Vaccination in the Punjab 1905-1918 - 1905-1918
Year: 1905
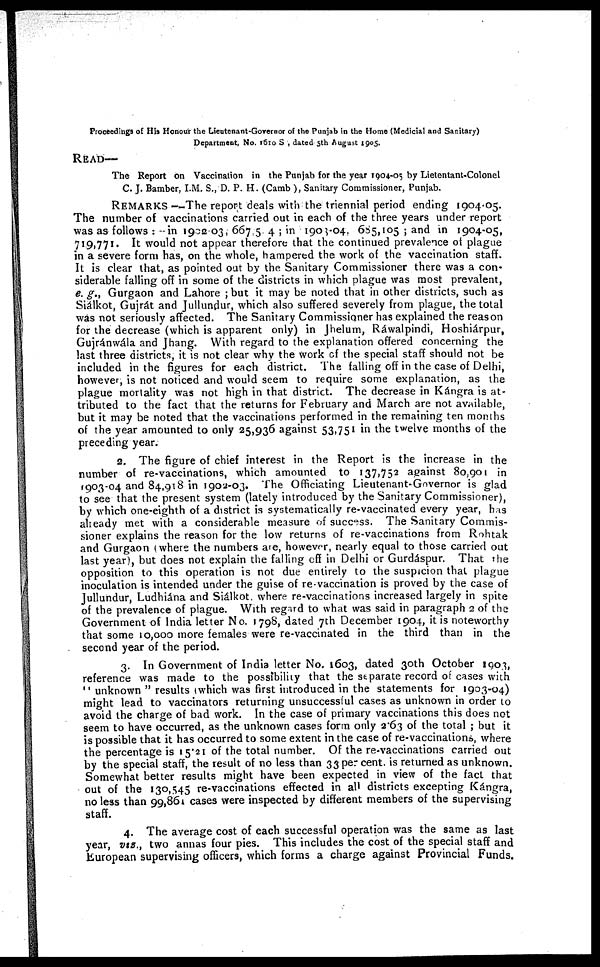
Proceedings of His Honour the Lieutenant-Governor of the Punjab in the Home (Medicial and Sanitary)
Department, No. 1610 S , dated 5th August 1905.
READ—
The Report on Vaccination in the Punjab for the year 1904-05 by Lietentant-Colonel
C. J. Bamber, I.M. S., D. P. H. (Camb ), Sanitary Commissioner, Punjab.
REMARKS —The report deals with the triennial period ending 1904-05.
The number of vaccinations carried out in each of the three years under report
was as follows : -in 1902-03, 667 5 4 ; in 1903-04. 685,105 ; and in 1904-05,
719,771. It would not appear therefore that the continued prevalence of plague
in a severe form has, on the whole, hampered the work of the vaccination staff.
It is clear that, as pointed out by the Sanitary Commissioner there was a con-
siderable falling off in some of the districts in which plague was most prevalent,
e. g., Gurgaon and Lahore ; but it may be noted that in other districts, such as
Siálkot, Gujrát and Jullundur, which also suffered severely from plague, the total
was not seriously affected. The Sanitary Commissioner has explained the reason
for the decrease (which is apparent only) in Jhelum, Ráwalpindi, Hoshiáirpur,
Gujranwála and J hang. With regard to the explanation offered concerning the
last three districts, it is not clear why the work of the special staff should not be
included in the figures for each district. The falling off in the case of Delhi,
however, is not noticed and would seem to require some explanation, as the
plague mortality was not high in that district. The decrease in Kángra is at-
tributed to the fact that the returns for February and March are not available,
but it may be noted that the vaccinations performed in the remaining ten months
of the year amounted to only 25,936 against 53,751 in the twelve months of the
preceding year.
2. The figure of chief interest in the Report is the increase in the
number of re-vaccinations, which amounted to 137,752 against 80,901 in
1903-04 and 84,918 in 1902-03. The Officiating Lieutenant-Governor is glad
to see that the present system (lately introduced by the Sanitary Commissioner),
by which one-eighth of a district is systematically re-vaccinated every year, has
already met with a considerable measure of success. The Sanitary Commis-
sioner explains the reason for the low returns of re-vaccinations from Rohtak
and Gurgaon (where the numbers are, however, nearly equal to those carried out
last year), but does not explain the falling off in Delhi or Gurdáspur. That the
opposition to this operation is not due entirely to the suspicion that plague
inoculation is intended under the guise of re-vaccination is proved by the case of
Jullundur, Ludhiána and Siálkot. where re-vaccinations increased largely in spite
of the prevalence of plague. With regard to what was said in paragraph 2 of the
Government of India letter No. 1798, dated 7th December 1904, it is noteworthy
that some 10,000 more females were re-vaccinated in the third than in the
second year of the period.
3. In Government of India letter No. 1603, dated 30th October 1903,
reference was made to the possibility that the separate record of cases with
"unknown " results (which was first introduced in the statements for 1903-04)
might lead to vaccinators returning unsuccessful cases as unknown in order to
avoid the charge of bad work. In the case of primary vaccinations this does not
seem to have occurred, as the unknown cases form only 2.63 of the total ; but it
is possible that it has occurred to some extent in the case of re-vaccinations, where
the percentage is 15.21 of the total number. Of the re-vaccinations carried out
by the special staff, the result of no less than 33 per cent. is returned as unknown.
Somewhat better results might have been expected in view of the fact that
out of the 130,545 re-vaccinations effected in all districts excepting Kángra,
no less than 99,861 cases were inspected by different members of the supervising
staff.
4. The average cost of each successful operation was the same as last
year, viz., two annas four pies. This includes the cost of the special staff and
European supervising officers, which forms a charge against Provincial Funds.